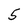
Character: 5